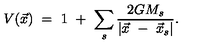
V ( \vec { x } ) \ = \ 1 \ + \ \sum _ { s } \frac { 2 G M _ { s } } { | \vec { x } \ - \ \vec { x } _ { s } | } .